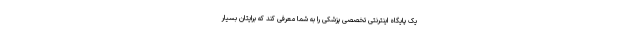
یک پایگاه اینترنتی تخصصی پزشکی را به شما معرفی کند که برایتان بسیار